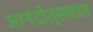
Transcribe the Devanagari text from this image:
आनंदोत्सवात